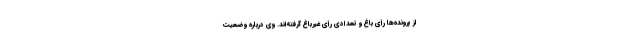
از پرونده‌ها رأی باغ و تعدادی رأی غیرباغ گرفته‌اند. وی درباره وضعیت